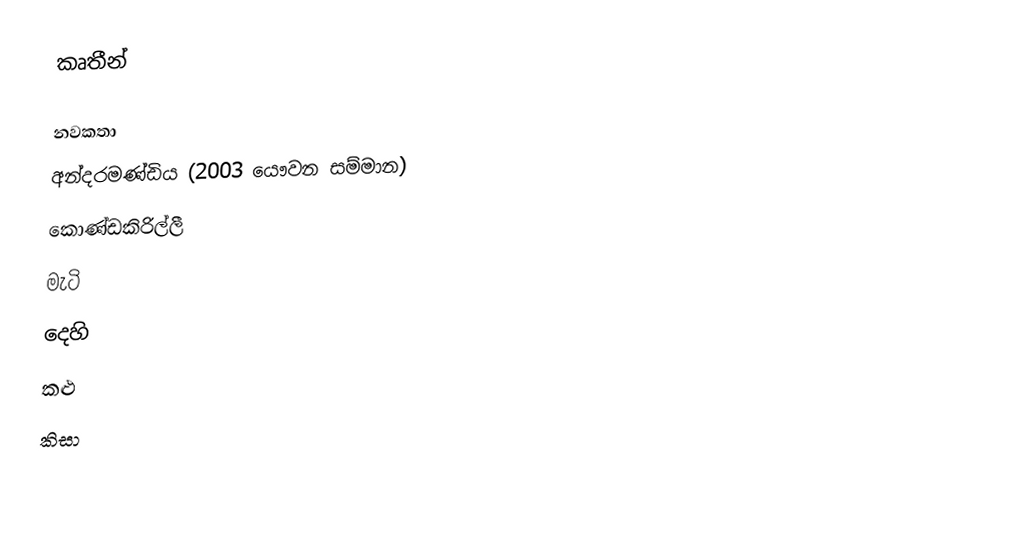
කෘතීන්

නවකතා
 අන්දරමණ්ඩිය (2003 යෞවන සම්මාන)
 කොණ්ඩකිරිල්ලී
 මැටි
 දෙහි
 කළු
 කිසා